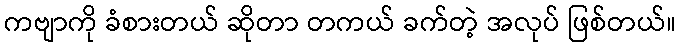
ကဗျာကို ခံစားတယ် ဆိုတာ တကယ် ခက်တဲ့ အလုပ် ဖြစ်တယ်။